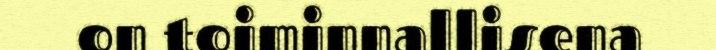
on toiminnallisena